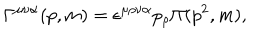
\Gamma ^ { \mu \nu \alpha } ( p , m ) = \epsilon ^ { \mu \rho \nu \alpha } p _ { \rho } \Pi ( p ^ { 2 } , m ) ,